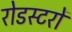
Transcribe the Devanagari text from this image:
रोडस्टरों